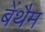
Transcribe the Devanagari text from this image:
बेंथैम